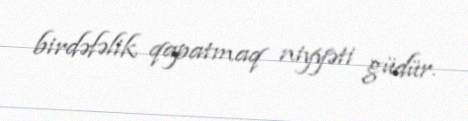
birdəfəlik qapatmaq niyyəti güdür.